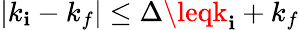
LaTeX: |k_{\mathbf{i}}-k_{f}|\leq\Delta\leqk_{\mathbf{i}}+k_{f}